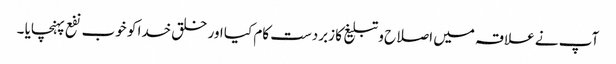
آپ نے علاقہ میں اصلاح و تبلیغ کا زبردست کام کیا اور خلق خدا کو خوب نفع پہنچایا ۔